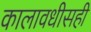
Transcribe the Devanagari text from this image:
कालावधीसही